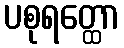
ပစုရတ္ထော